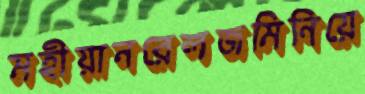
মহীয়ানরেলজমিনিয়ে